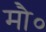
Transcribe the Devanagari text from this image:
मौ०